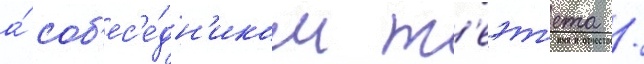
а́ соб'ес'е́дн'иком т'еэт'ета /